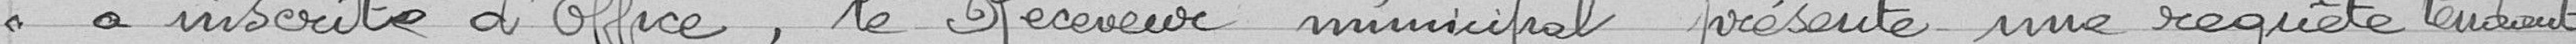
a inscrite d'office, le Receveur municipal présente une requête tendant